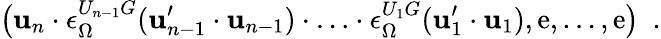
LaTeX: \bigl(\mathbf{u}_{n}\cdot\epsilon_{\Omega}^{U_{n-1}G}(\mathbf{u}_{n-1}^{\prime}\cdot\mathbf{u}_{n-1})\cdot\ldots\cdot\epsilon_{\Omega}^{U_{1}G}(\mathbf{u}_{1}^{\prime}\cdot\mathbf{u}_{1}),\mathrm{e},\ldots,\mathrm{e}\bigr)\ \ .